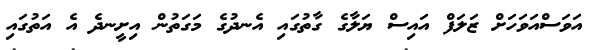
އަވަސްއަވަހަށް ޒަލަފް އައިސް ޔަލާގެ ގާތުގައި އެނދުގެ މަގަތުން އިށީނދެ އެ އަތުގައި